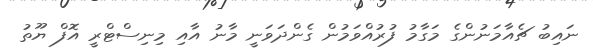
ނައިބު ޗެއާމަނުންގެ މަގާމު ފުރުއްވަމުން ގެންދަވަނީ މާނު އާއި މިނިސްޓްރީ އޮފް ޔޫތު